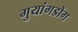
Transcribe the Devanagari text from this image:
गुयांगडोंग